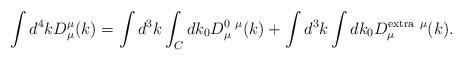
LaTeX: \begin{align*}\int d^4 k D^\mu_\mu(k) = \int d^3k\int_C d k_0 D^{0\ \mu}_\mu (k)+\int d^3k\int dk_0D^{\rm extra\ \mu}_\mu(k).\end{align*}